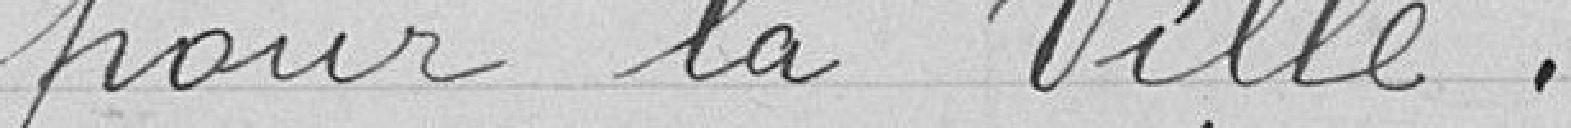
pour la Ville .